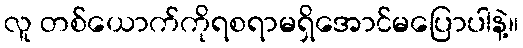
လူ တစ်ယောက်ကိုရစရာမရှိအောင်မပြောပါနဲ့။